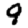
Digit: 9